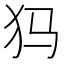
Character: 犸